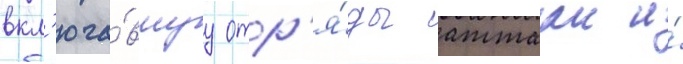
вкл'юча́вшуу отр'я́ды аттала и́